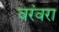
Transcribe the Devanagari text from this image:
वरंवरा